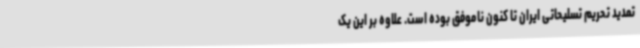
تمدید تحریم تسلیحاتی ایران تا کنون ناموفق بوده است. علاوه بر این یک